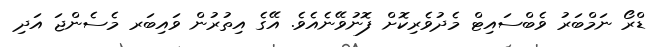
ޑްރޯ ނަމްބަރު ވެބްސައިޓް މެދުވެރިކޮށް ފޮނުވޭނެއެވެ. އޭގެ އިތުރުން ވައިބަރ މެސެންޖަ އަދި